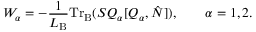
W _ { \alpha } = - \frac { 1 } { L _ { \mathrm { B } } } \mathrm { T r } _ { \mathrm { B } } ( { \cal S } { \cal Q } _ { \alpha } [ { \cal Q } _ { \alpha } , \hat { N } ] ) , \qquad \alpha = 1 , 2 .